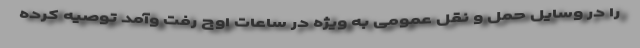
را در وسایل حمل و نقل عمومی به ویژه در ساعات اوج رفت و‌آمد توصیه کرده